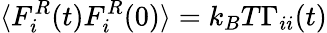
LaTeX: \langle F_{i}^{R}(t)F_{i}^{R}(0)\rangle=k_{B}T\Gamma_{ii}(t)